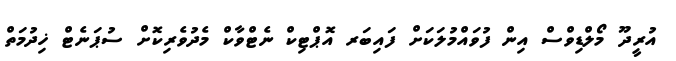
އުރީދޫ މޯލްޑިވްސް އިން ފުވައްމުލަކަށް ފައިބަރ އޮޕްޓިކް ނެޓްވާކް މެދުވެރިކޮށް ސުޕަނެޓް ޚިދުމަތް